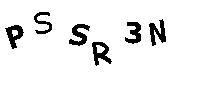
PSSR3N